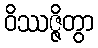
ဝိဿဇ္ဇိတွာ